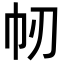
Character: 㠴